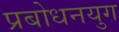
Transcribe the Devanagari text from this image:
प्रबोधनयुग